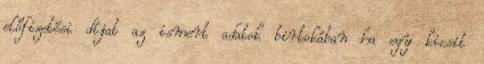
előfizetési díjat az ismert adatok birtokában ha egy kicsit